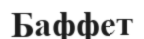
Баффет